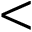
<